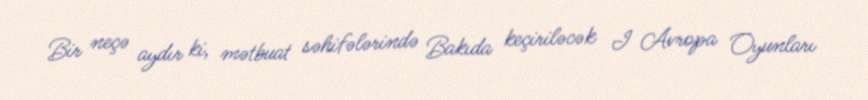
Bir neçə aydır ki, mətbuat səhifələrində Bakıda keçiriləcək I Avropa Oyunları